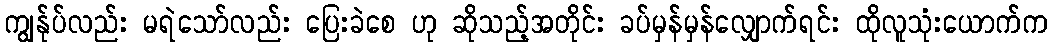
ကျွန်ုပ်လည်း မရဲသော်လည်း ပြေးခဲစေ ဟု ဆိုသည့်အတိုင်း ခပ်မှန်မှန်လျှောက်ရင်း ထိုလူသုံးယောက်က